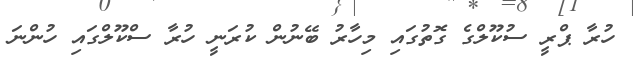
ހުރާ ޕްރީ ސުކޫލްގެ ގޮތުގައި މިހާރު ބޭނުން ކުރަނީ ހުރާ ސްކޫލްގައި ހުންނަ